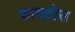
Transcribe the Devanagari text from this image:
कायटोस